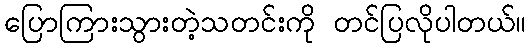
ပြောကြားသွားတဲ့သတင်းကို တင်ပြလိုပါတယ်။